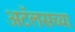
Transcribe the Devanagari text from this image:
अटॅलसच्या